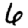
Digit: 6